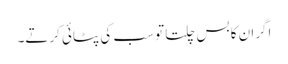
اگران کا بس چلتا تو سب کی پٹائی کرتے۔